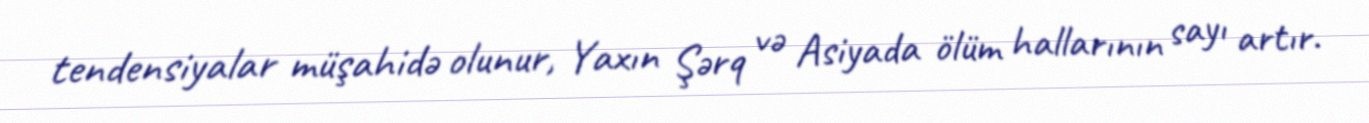
tendensiyalar müşahidə olunur, Yaxın Şərq və Asiyada ölüm hallarının sayı artır.